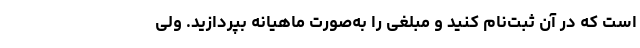
است که در آن ثبت‌نام کنید و مبلغی را به‌صورت ماهیانه بپردازید. ولی